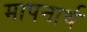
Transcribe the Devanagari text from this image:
मापनार्थ